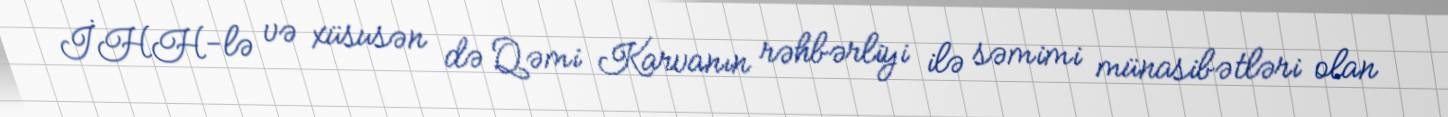
İHH-lə və xüsusən də Qəmi Karvanın rəhbərliyi ilə səmimi münasibətləri olan